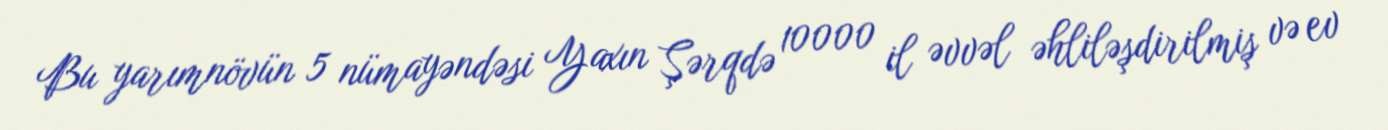
Bu yarımnövün 5 nümayəndəsi Yaxın Şərqdə 10000 il əvvəl əhliləşdirilmiş və ev